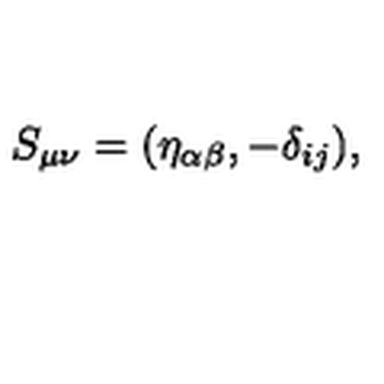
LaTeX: S _ { \mu \nu } = ( \eta _ { \alpha \beta } , - \delta _ { i j } ) ,